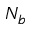
N _ { b }